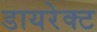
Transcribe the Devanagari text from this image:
डायरेक्‍ट